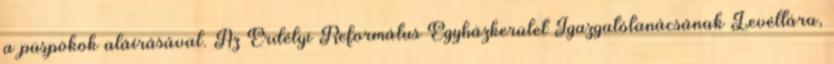
a püspökök aláírásával. Az Erdélyi Református Egyházkerület Igazgatótanácsának Levéltára,